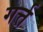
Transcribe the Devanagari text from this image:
गर्त्त